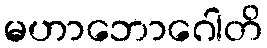
မဟာဘောဂေါတိ